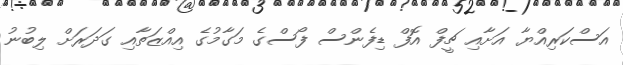
އަސްކަރިއްޔާ އަށާއި ޗީފް އޮފް ޑިފެންސް ފޯސްގެ މަގާމުގެ އިއްޒަތާއި ގަދަރަށް ލިބުނު